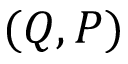
( Q , P )